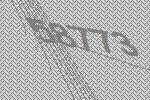
58773